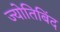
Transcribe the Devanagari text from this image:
ज्योतिबिंद